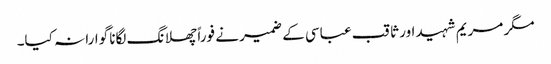
مگر مریم شہید اور ثاقب عباسی کے ضمیر نے فوراً چھلانگ لگانا گوارا نہ کیا۔